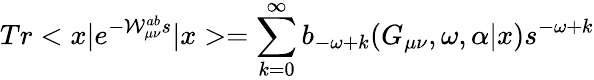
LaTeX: Tr<x|e^{-{\cal{W}}_{\mu\nu}^{ab}s}|x>=\sum_{k=0}^{\infty}b_{-\omega+k}(G_{\mu\nu},\omega,\alpha|x)s^{-\omega+k}